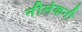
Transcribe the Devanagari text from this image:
नीलेकनी